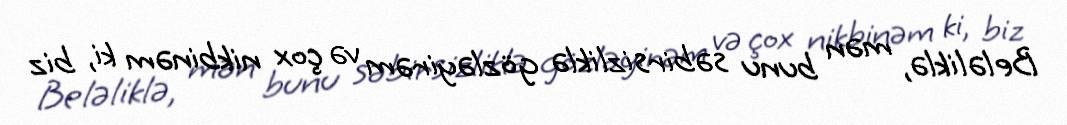
Beləliklə, mən bunu səbirsizliklə gözləyirəm və çox nikbinəm ki, biz